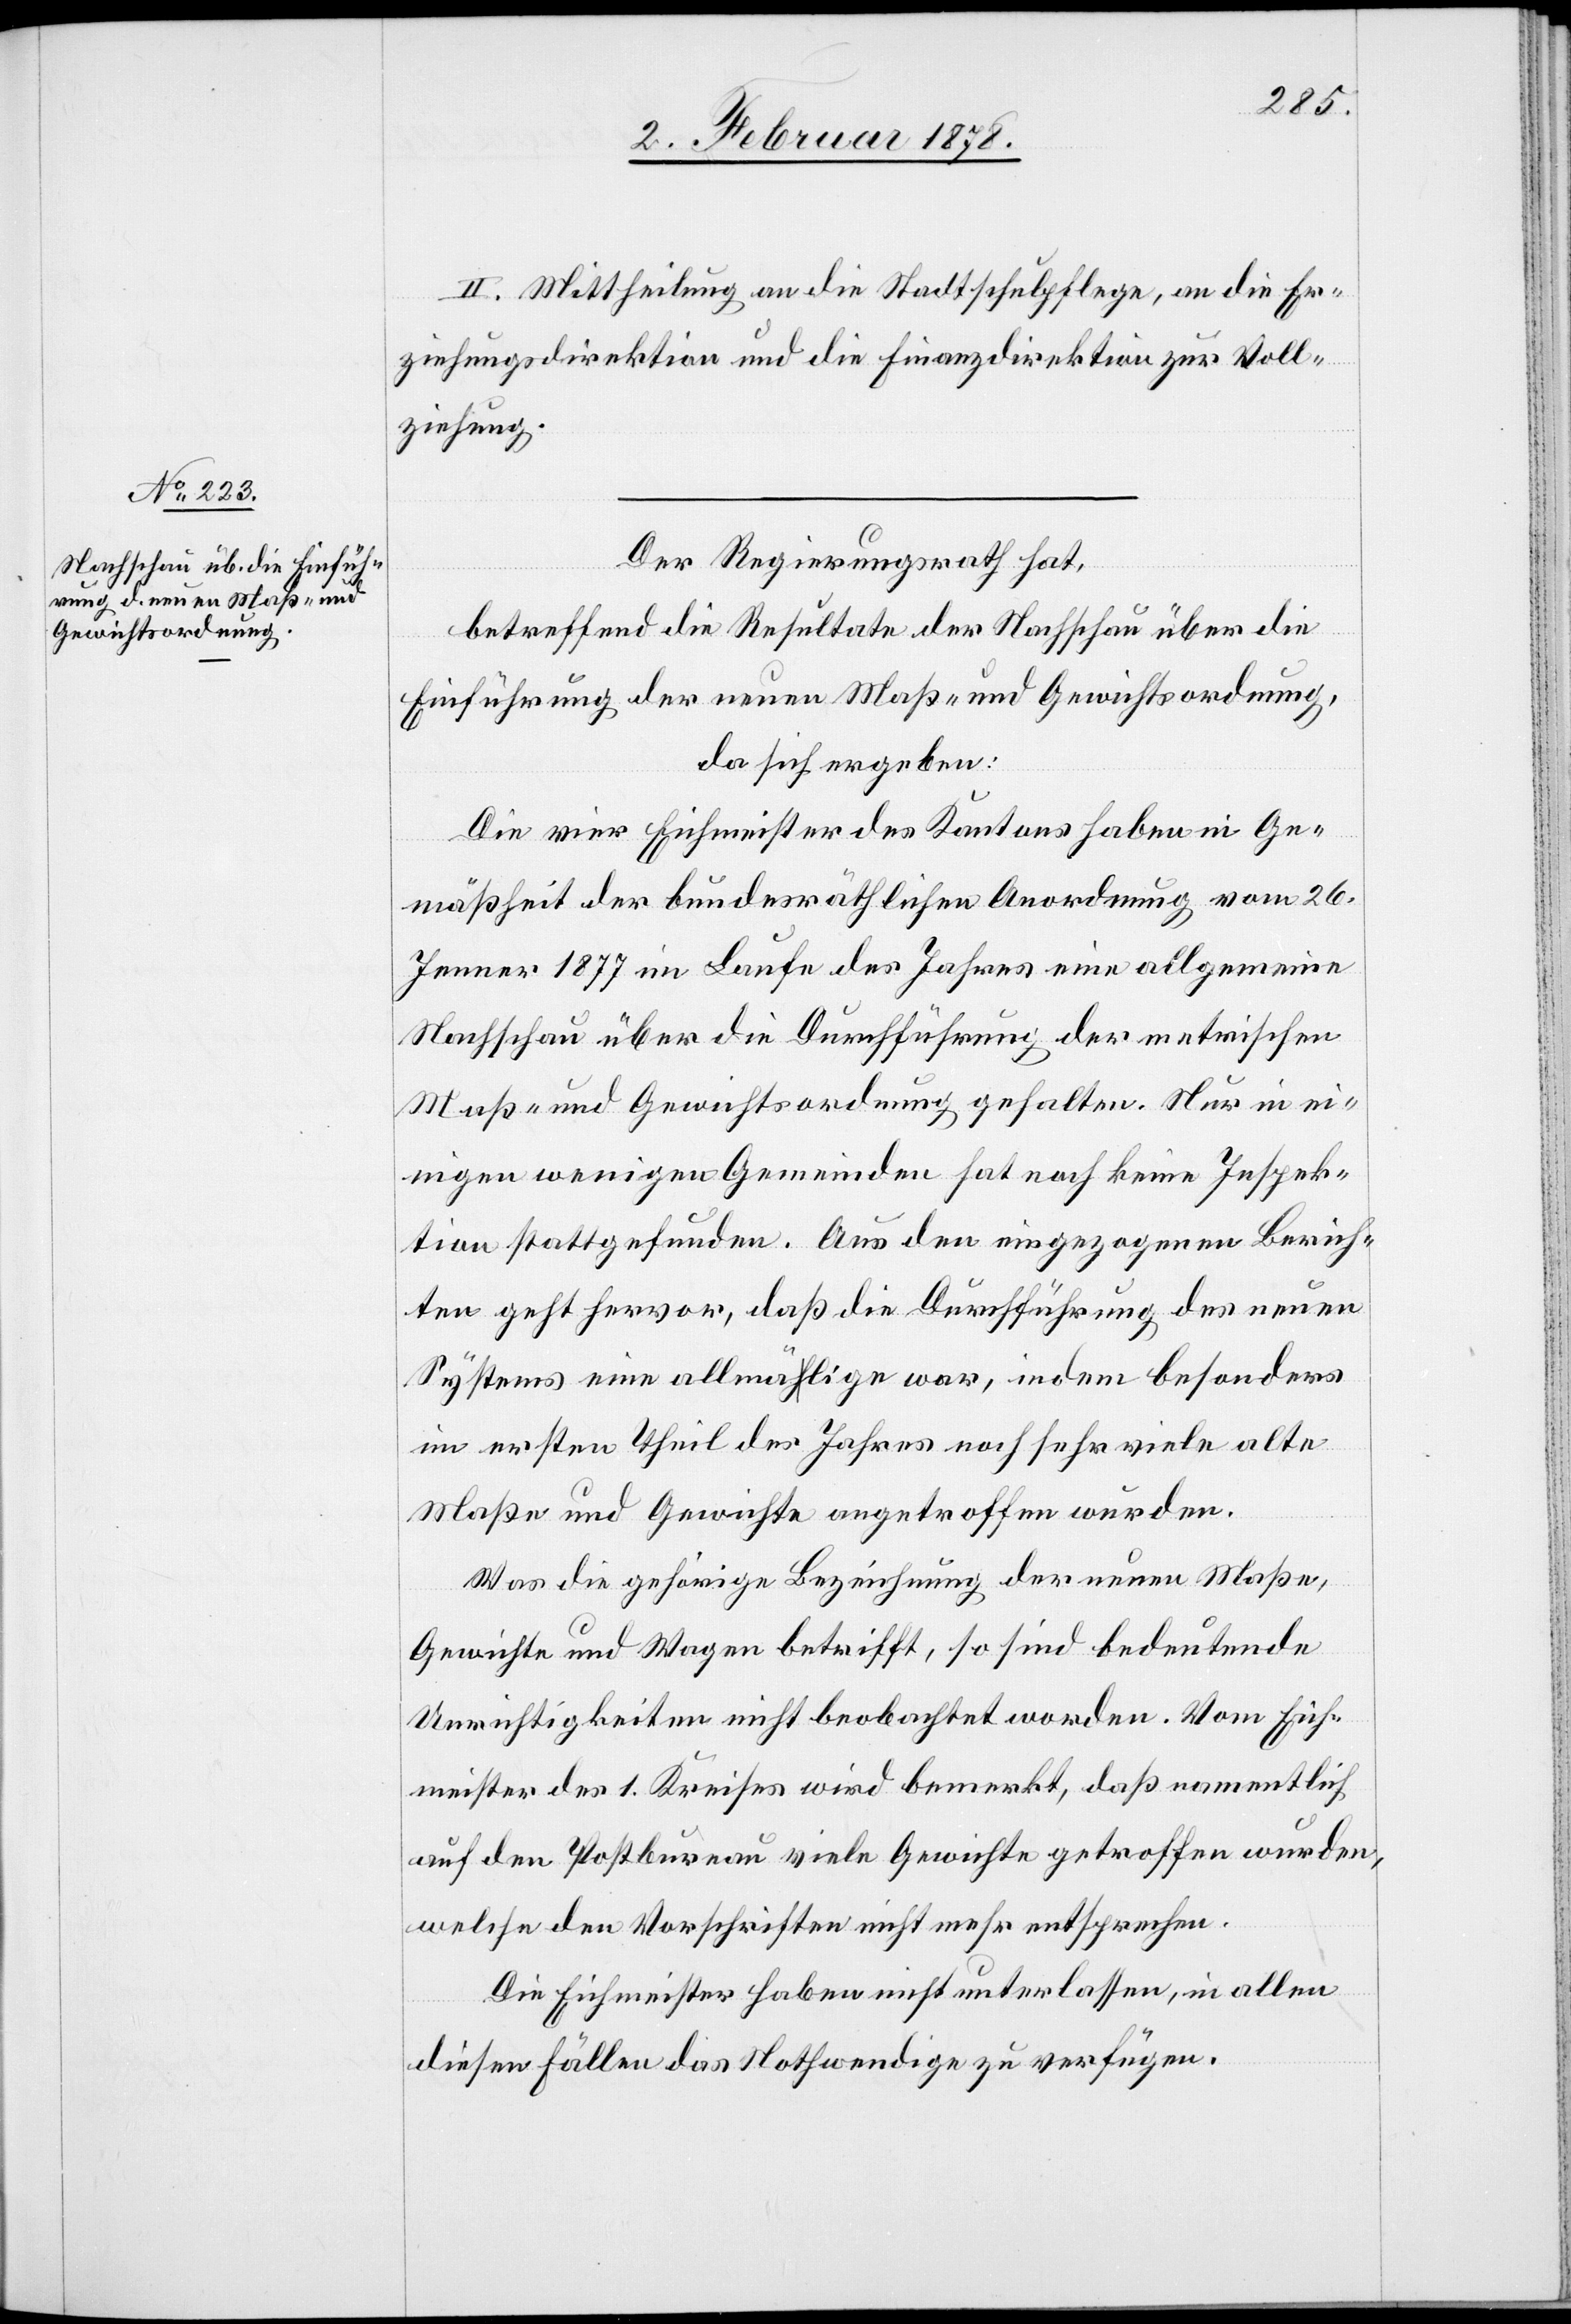
II. Mittheilung an die Stadtschulpflege, an die Er¬
ziehungsdirektion und die Finanzdirektion zur Voll¬
ziehung.
Der Regierungsrath hat,
betreffend die Resultate der Nachschau über die
Einführung der neuen Maß- und Gewichtsordnung,
da sich ergeben:
Die vier Eichmeister des Kantons haben in Ge¬
mäßheit der bundesräthlichen Anordnung vom 26.
Jenner 1877 im Laufe des Jahres eine allgemeine
Nachschau über die Durchführung der metrischen
Maß- und Gewichtsordnung gehalten. Nur in ei¬
nigen wenigen Gemeinden hat noch keine Inspek¬
tion stattgefunden. aus den eingezogenen Berich¬
ten geht hervor, daß die Durchführung des neuen
Systems eine allmäa-h-alige war, indem besonders
im ersten Theil des Jahres noch sehr viele alte
Maße und Gewichte angetroffen wurden.
Was die gehörige Bezeichnung der neuen Maße,
Gewichte und Wagen betrifft, so sind bedeutende
Unrichtigkeiten nicht beobachtet worden. Vom Eich¬
meister des 1. Kreises wird bemerkt, daß namentlich
auf den Postbureau viele Gewichte getroffen wurden,
welche den Vorschriften nicht mehr entsprechen.
Die Eichmeister haben nicht unterlassen, in allen
dieser Fällen das Nothwendige zu verfügen.